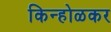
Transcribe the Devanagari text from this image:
किन्होळकर